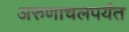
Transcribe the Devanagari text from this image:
अरुणाचलपर्यंत